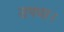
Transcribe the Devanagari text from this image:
उपधा।